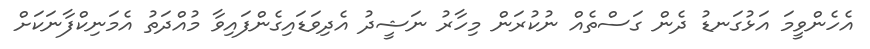
އެހެންވީމަ އަޅުގަނޑު ދެން ގަސްތެއް ނުކުރަން މިހާރު ނަޝީދު އެދިވަޑައިގެންފައިވާ މުއްދަތު އެމަނިކްފާނަކަށް